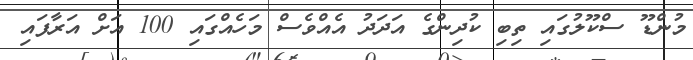
މުންޑޫ ސްކޫލުގައި ތިބި ކުދިންގެ އަދަދު އެއްވެސް މަހެއްގައި 100 އަށް އަރާފައި